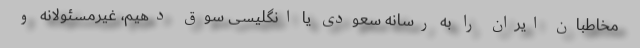
مخاطبان ایران را به رسانه سعودی یا انگلیسی سوق دهیم، غیرمسئولانه و